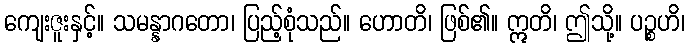
ကျေးဇူးနှင့်။ သမန္နာဂတော၊ ပြည့်စုံသည်။ ဟောတိ၊ ဖြစ်၏။ ဣတိ၊ ဤသို့။ ပဉ္စဟိ၊